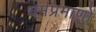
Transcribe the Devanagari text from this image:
धर्मप्रमाणों